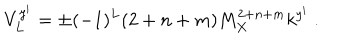
V _ { L } ^ { y ^ { i } } = \pm ( - 1 ) ^ { L } ( 2 + n + m ) M _ { X } ^ { 2 + n + m } k ^ { y ^ { i } } ~ . ~ \,